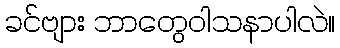
ခင်ဗျား ဘာတွေဝါသနာပါလဲ။